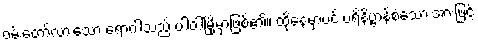
ဝမ်းတော်လားသော ရောဂါသည် ပါဝါမြို့မှာဖြစ်၏။ ထိုနေ့မှာပင် ပရိနိဗ္ဗာန်စံသော အားဖြင့်